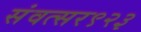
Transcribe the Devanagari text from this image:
संवत्सर९२३